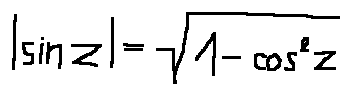
| \sin z | = \sqrt { 1 - \cos ^ { 2 } z }